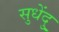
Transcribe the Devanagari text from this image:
सुधेंदु